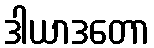
ဒါယာဒတော